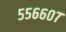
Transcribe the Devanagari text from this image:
५५६६०७